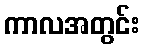
ကာလအတွင်း